Civil Veterinary Dept. Assam report 1911-1927 - 1911-1927
Year: 1911
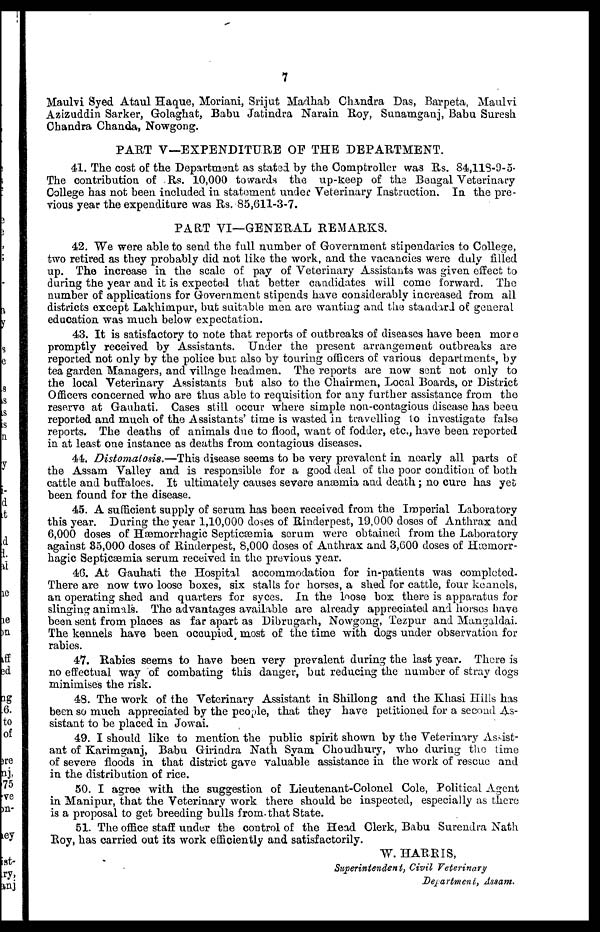
7
Maulvi Syed Ataul Haque, Moriani, Srijut Madhab Chandra Das, Barpeta, Maulvi
Azizuddin Sarker, Golaghat, Babu Jatindra Narain Roy, Sunamganj, Babu Suresh
Chandra Chanda, Nowgong.
PART V—EXPENDITURE OF THE DEPARTMENT.
41. The cost of the Department as stated by the Comptroller was Rs. 84,118-9-5-
The contribution of Rs. 10,000 towards the up-keep of the Bengal Veterinary
College has not been included in statement under Veterinary Instruction. In the pre-
vious year the expenditure was Rs, 85,611-3-7.
PART VI—GENERAL REMARKS.
42. We were able to send the full number of Government stipendaries to College,
two retired as they probably did not like the work, and the vacancies were duly filled
up. The increase in the scale of pay of Veterinary Assistants was given effect to
during the year and it is expected that better candidates will come forward. The
number of applications for Government stipends have considerably increased from all
districts except Lakhimpur, but suitable men are wanting and the standard of general
education was much below expectation.
43. It is satisfactory to note that reports of outbreaks of diseases have been more
promptly received by Assistants. Under the present arrangement outbreaks are
reported not only by the police bur. also by touring officers of various departments, by
tea garden Managers, and village headmen. The reports are now sent not only to
the local Veterinary Assistants but also to the Chairmen, Local Boards, or District
Officers concerned who are thus able to requisition for any further assistance from the
reserve at Gauhati. Cases still occur where simple non-contagious disease has been
reported and much of the Assistants' time is wasted in travelling to investigate false
reports. The deaths of animals due to flood, want of fodder, etc., have been reported
in at least one instance as deaths from contagious diseases.
44. Distomalosis.—This disease seems to be very prevalent in nearly all parts of
the Assam Valley and is responsible for a good deal of the poor condition of both
cattle and buffaloes. It ultimately causes severe anæmia and death; no cure has yet
been found for the disease.
45. A sufficient supply of serum has been received from the Imperial Laboratory
this year. During the year 1,10,000 doses of Rinderpest, 19,000 doses of Anthrax and
6,000 doses of Hæmorrhagic Septicæmia serum were obtained from the Laboratory
against 85,000 doses of Rinderpest, 8,000 doses of Anthrax and 3,600 doses of Hæmorr-
hagic Septicæmia serum received in the previous year.
46. At Gauhati the Hospital accommodation for in-patients was completed.
There are now two loose boxes, six stalls for horses, a shed for cattle, four kennels,
an operating shed and quarters for syces. In the loose box there is apparatus for
slinging animals. The advantages available, are already appreciated and horses have
been sent from places as far apart as Dibrugarh, Nowgong, Tezpur and Mangaldai.
The kennels have been occupied, most of the time with dogs under observation for
rabies.
47. Rabies seems to have been very prevalent during the last year. There is
no effectual way of combating this danger, but reducing the number of stray dogs
minimises the risk.
48. The work of the Veterinary Assistant in Shillong and the Khasi Hills has
been so much appreciated by the people, that they have petitioned for a second As-
sistant to be placed in Jowai.
49. I should like to mention the public spirit shown by the Veterinary Assist-
ant of Karimganj, Babu Girindra Nath Syam Choudhury, who during the time
of severe floods in that district gave valuable assistance in the work of rescue and
in the distribution of rice.
50. I agree with the suggestion of Lieutenant-Colonel Cole, Political Agent
in Manipur, that the Veterinary work there should be inspected, especially as there
is a proposal to get breeding bulls from, that State.
51. The office staff under the control of the Head Clerk, Babu Surendra Nath
Roy, has carried out its work efficiently and satisfactorily.
W. HARRIS,
Superintendent, Civil Veterinary
Department, Assam.